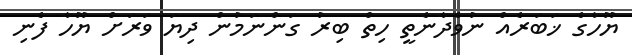
ޔޫހާގެ ޚަބަރެއް ނުވެދާނެތީ ހިތް ބިރު ގަންނަމުން ދިޔަ ވަރަށް ޔޫހާ ފެނި